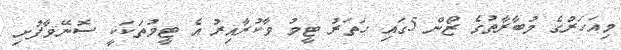
މިއަހަރުގެ މުބާރާތުގެ ޒޯން 5ގައި ހަތަރު ޓީމު ވާކުރާއިރު އެ ޓީމުތަކަކީ ސޮނޭވާފުށި